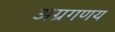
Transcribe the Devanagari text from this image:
अग्रगणय